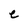
Character: e